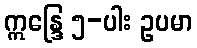
ဣန္ဒြေ ၅-ပါး ဥပမာ